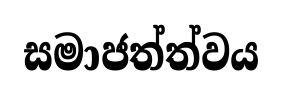
සමාජත්ත්වය